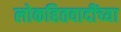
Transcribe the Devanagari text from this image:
लोकहितवादींच्या